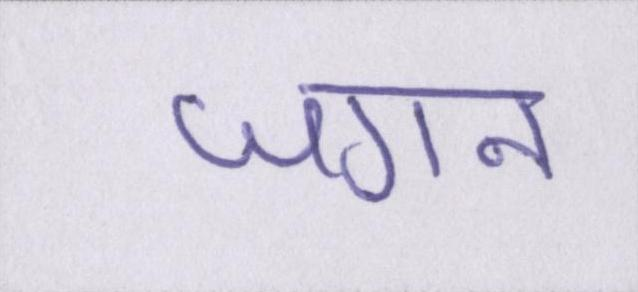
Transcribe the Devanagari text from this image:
जगन